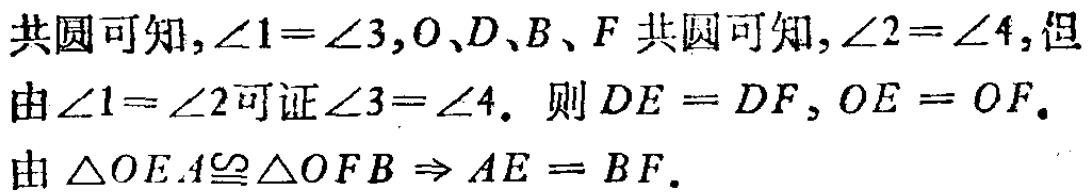
共圆可知,$\angle1 = \angle3$,$O、D、B、F$共圆可知,$\angle2 = \angle4$, 但由$\angle1 = \angle2$可证$\angle3 = \angle4$. 则$DE = DF$,$OE = OF$. 由$\triangle OEA\cong\triangle OFB\Rightarrow AE = BF$.